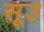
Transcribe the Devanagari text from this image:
सूउ